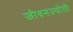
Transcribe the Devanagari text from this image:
जीवनज्योती